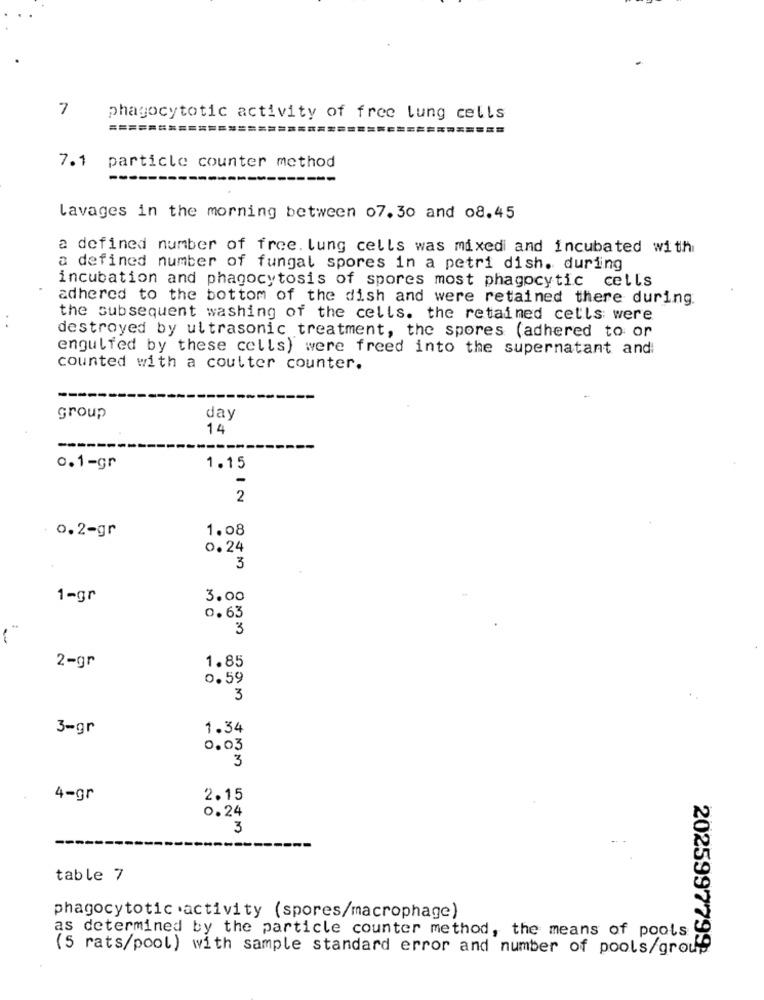
7
phagocytotic activity of free lung cells
========================================
7.1
particle counter method
lavages in the morning between 07.30 and 08.45
a defined number of free. lung cells was mixed and incubated with
a defined number of fungal spores in a petri dish. during
incubation and phagocytosis of spores most phagocytic cells
adhered to the bottom of the dish and were retained there during.
the subsequent washing of the cells. the retained cells were
destroyed by ultrasonic treatment, the spores (adhered to or
engulfed by these cells) were freed into the supernatant and:
counted with a coulter counter.
group
day
14
0.1-gr
1.15
-
2
1.08
: 0.2-gr
0.24
3
1-gr
3.00
0.63
3
1.85
2-gr
0.59
3
3-gr
1.34
0.03
3
4-gr
2.15
0.24
3
table 7
phagocytotic .activity (spores/macrophage)
as determined by the particle counter method, the means of pools
(5 rats/pool) with sample standard error and number of pools/group
2025997799: